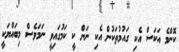
ކޮންމެ އަކަސް އެކި ގައުމުތަކުން އެކި ނަން ކީ ކަމުގައިވީ ނަމަވެސް މިބައްޔަކީ